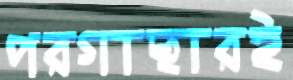
পরগাছারই